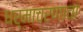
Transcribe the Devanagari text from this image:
धर्माचरणाचा